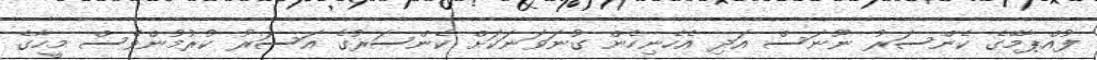
ފުއްޕާމޭގެ ކެންސަރު ނޫނަސް އަދި އެހެނިހެން ގުނަވަނަކަށް ކެންސަރުގެ އަސަރު ކުރުމުންވެސް މީހާގެ